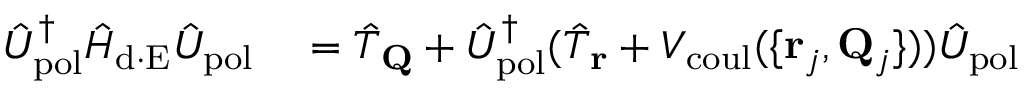
\begin{array} { r l } { \hat { U } _ { \mathrm { p o l } } ^ { \dagger } \hat { H } _ { \mathrm { d \cdot E } } \hat { U } _ { \mathrm { p o l } } } & { { } = \hat { T } _ { \bf Q } + \hat { U } _ { \mathrm { p o l } } ^ { \dagger } ( \hat { T } _ { \bf r } + V _ { \mathrm { c o u l } } ( \{ { { \bf r } _ { j } , { \bf Q } _ { j } } \} ) ) \hat { U } _ { \mathrm { p o l } } } \end{array}